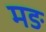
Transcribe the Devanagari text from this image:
मङ